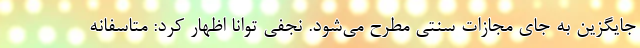
جایگزین به جای مجازات سنتی مطرح می‌شود. نجفی توانا اظهار کرد: متاسفانه